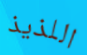
اللذيذ